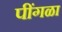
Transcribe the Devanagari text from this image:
पींगळा